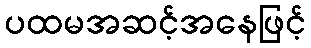
ပထမအဆင့်အနေဖြင့်